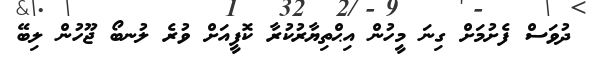
ދުވަސް ފެށުމަށް ގިނަ މީހުން އިޙްތިޔާރުކުރާ ކޮފީއަށް ވުރެ ލުނބޯ ޖޫހުން ލިބޭ